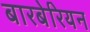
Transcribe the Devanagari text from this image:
बारबेरियन